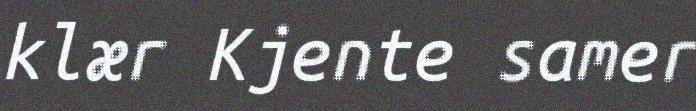
klær Kjente samer